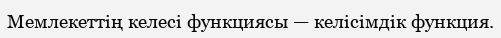
Мемлекеттің келесі функциясы — келісімдік функция.